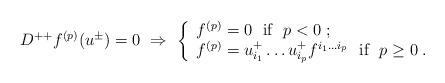
LaTeX: \begin{align*} D^{++}f^{(p)}(u^\pm)=0 \ \Rightarrow \ \left\{ \begin{array}{l} f^{(p)} = 0 \ \ \mbox{if}\ \ p<0\;; \\ f^{(p)} = u^+_{i_1}\ldots u^+_{i_p}f^{i_1\ldots i_p} \ \ \mbox{if}\ \ p\geq0\;. \end{array} \right.\end{align*}